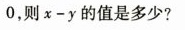
0$$，则$$x - y$$的值是多少?